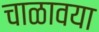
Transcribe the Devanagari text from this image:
चाळावया